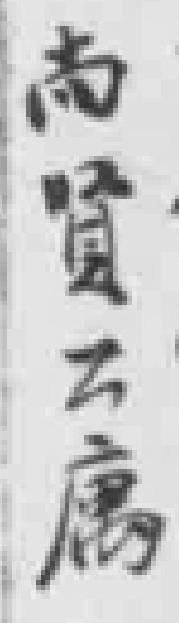
南賢方屬